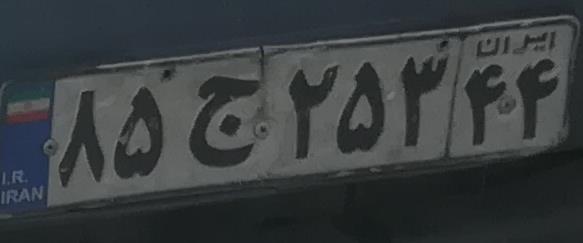
۸۵ج۲۵۳۴۴